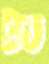
টড